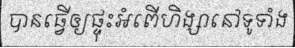
បានធ្វើឲ្យផ្ទុះអំពើហិង្សានៅទូទាំង